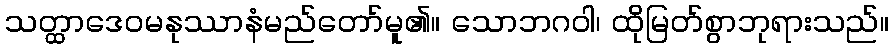
သတ္ထာဒေဝမနုဿာနံမည်တော်မူ၏။ သောဘဂဝါ၊ ထိုမြတ်စွာဘုရားသည်။